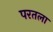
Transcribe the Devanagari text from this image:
परतला